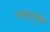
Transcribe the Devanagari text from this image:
गाडगुळी